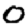
Digit: 0